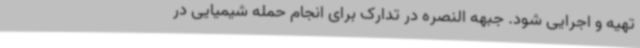
تهیه و اجرایی شود. جبهه النصره در تدارک برای انجام حمله شیمیایی در